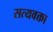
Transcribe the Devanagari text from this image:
सत्यवक्ता